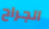
الجراح